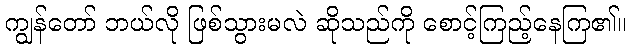
ကျွန်တော် ဘယ်လို ဖြစ်သွားမလဲ ဆိုသည်ကို စောင့်ကြည့်နေကြ၏။